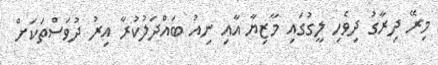
މިރޭ ދިރާގު ދިވެހި ލީގުގައި މާޒިޔާ އާއި ނިއު ބައްދަލުކުރާ އިރު ދުވަސްތަކަށް